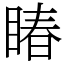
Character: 睶